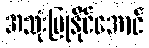
အသုံးပြုနိုင်အောင်